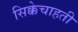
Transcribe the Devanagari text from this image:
सिक्केचाहती